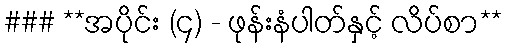
### **အပိုင်း (၄) - ဖုန်းနံပါတ်နှင့် လိပ်စာ**